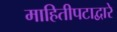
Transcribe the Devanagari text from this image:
माहितीपटाद्वारे